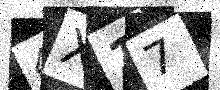
Text: 4X17